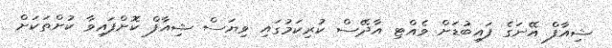
ޝިއާފް އޭނަގެ ފައިބުޑަށް ވެއްޓި އާދޭސް ކުރިކަމުގައި ވިޔަސް ޝިއާފް ކޮށްފައިވާ ކުށްތަކަށް